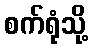
စက်ရုံသို့